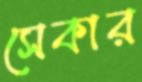
সেকার